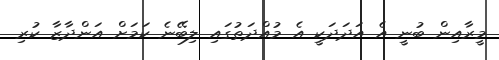
މީރާއިން ބުނީ އެ އަދަދަކީ އެ މުއްދަތުގައި ލިބޭނެ ކަމަށް އަންދާޒާ ކުރި